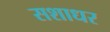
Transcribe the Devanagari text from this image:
सशाधर